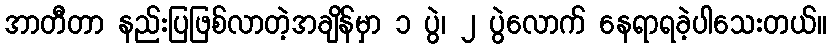
အာတီတာ နည်းပြဖြစ်လာတဲ့အချိန်မှာ ၁ ပွဲ၊ ၂ ပွဲလောက် နေရာရခဲ့ပါသေးတယ်။